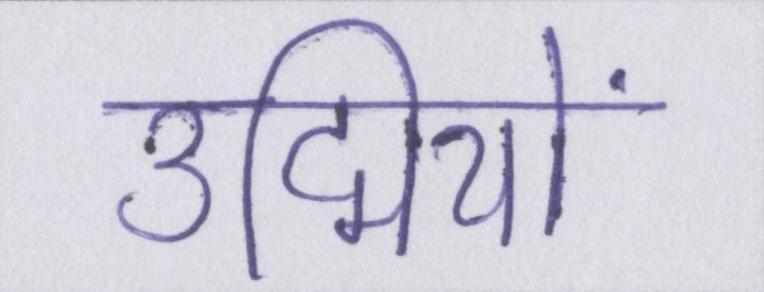
उद्मियों